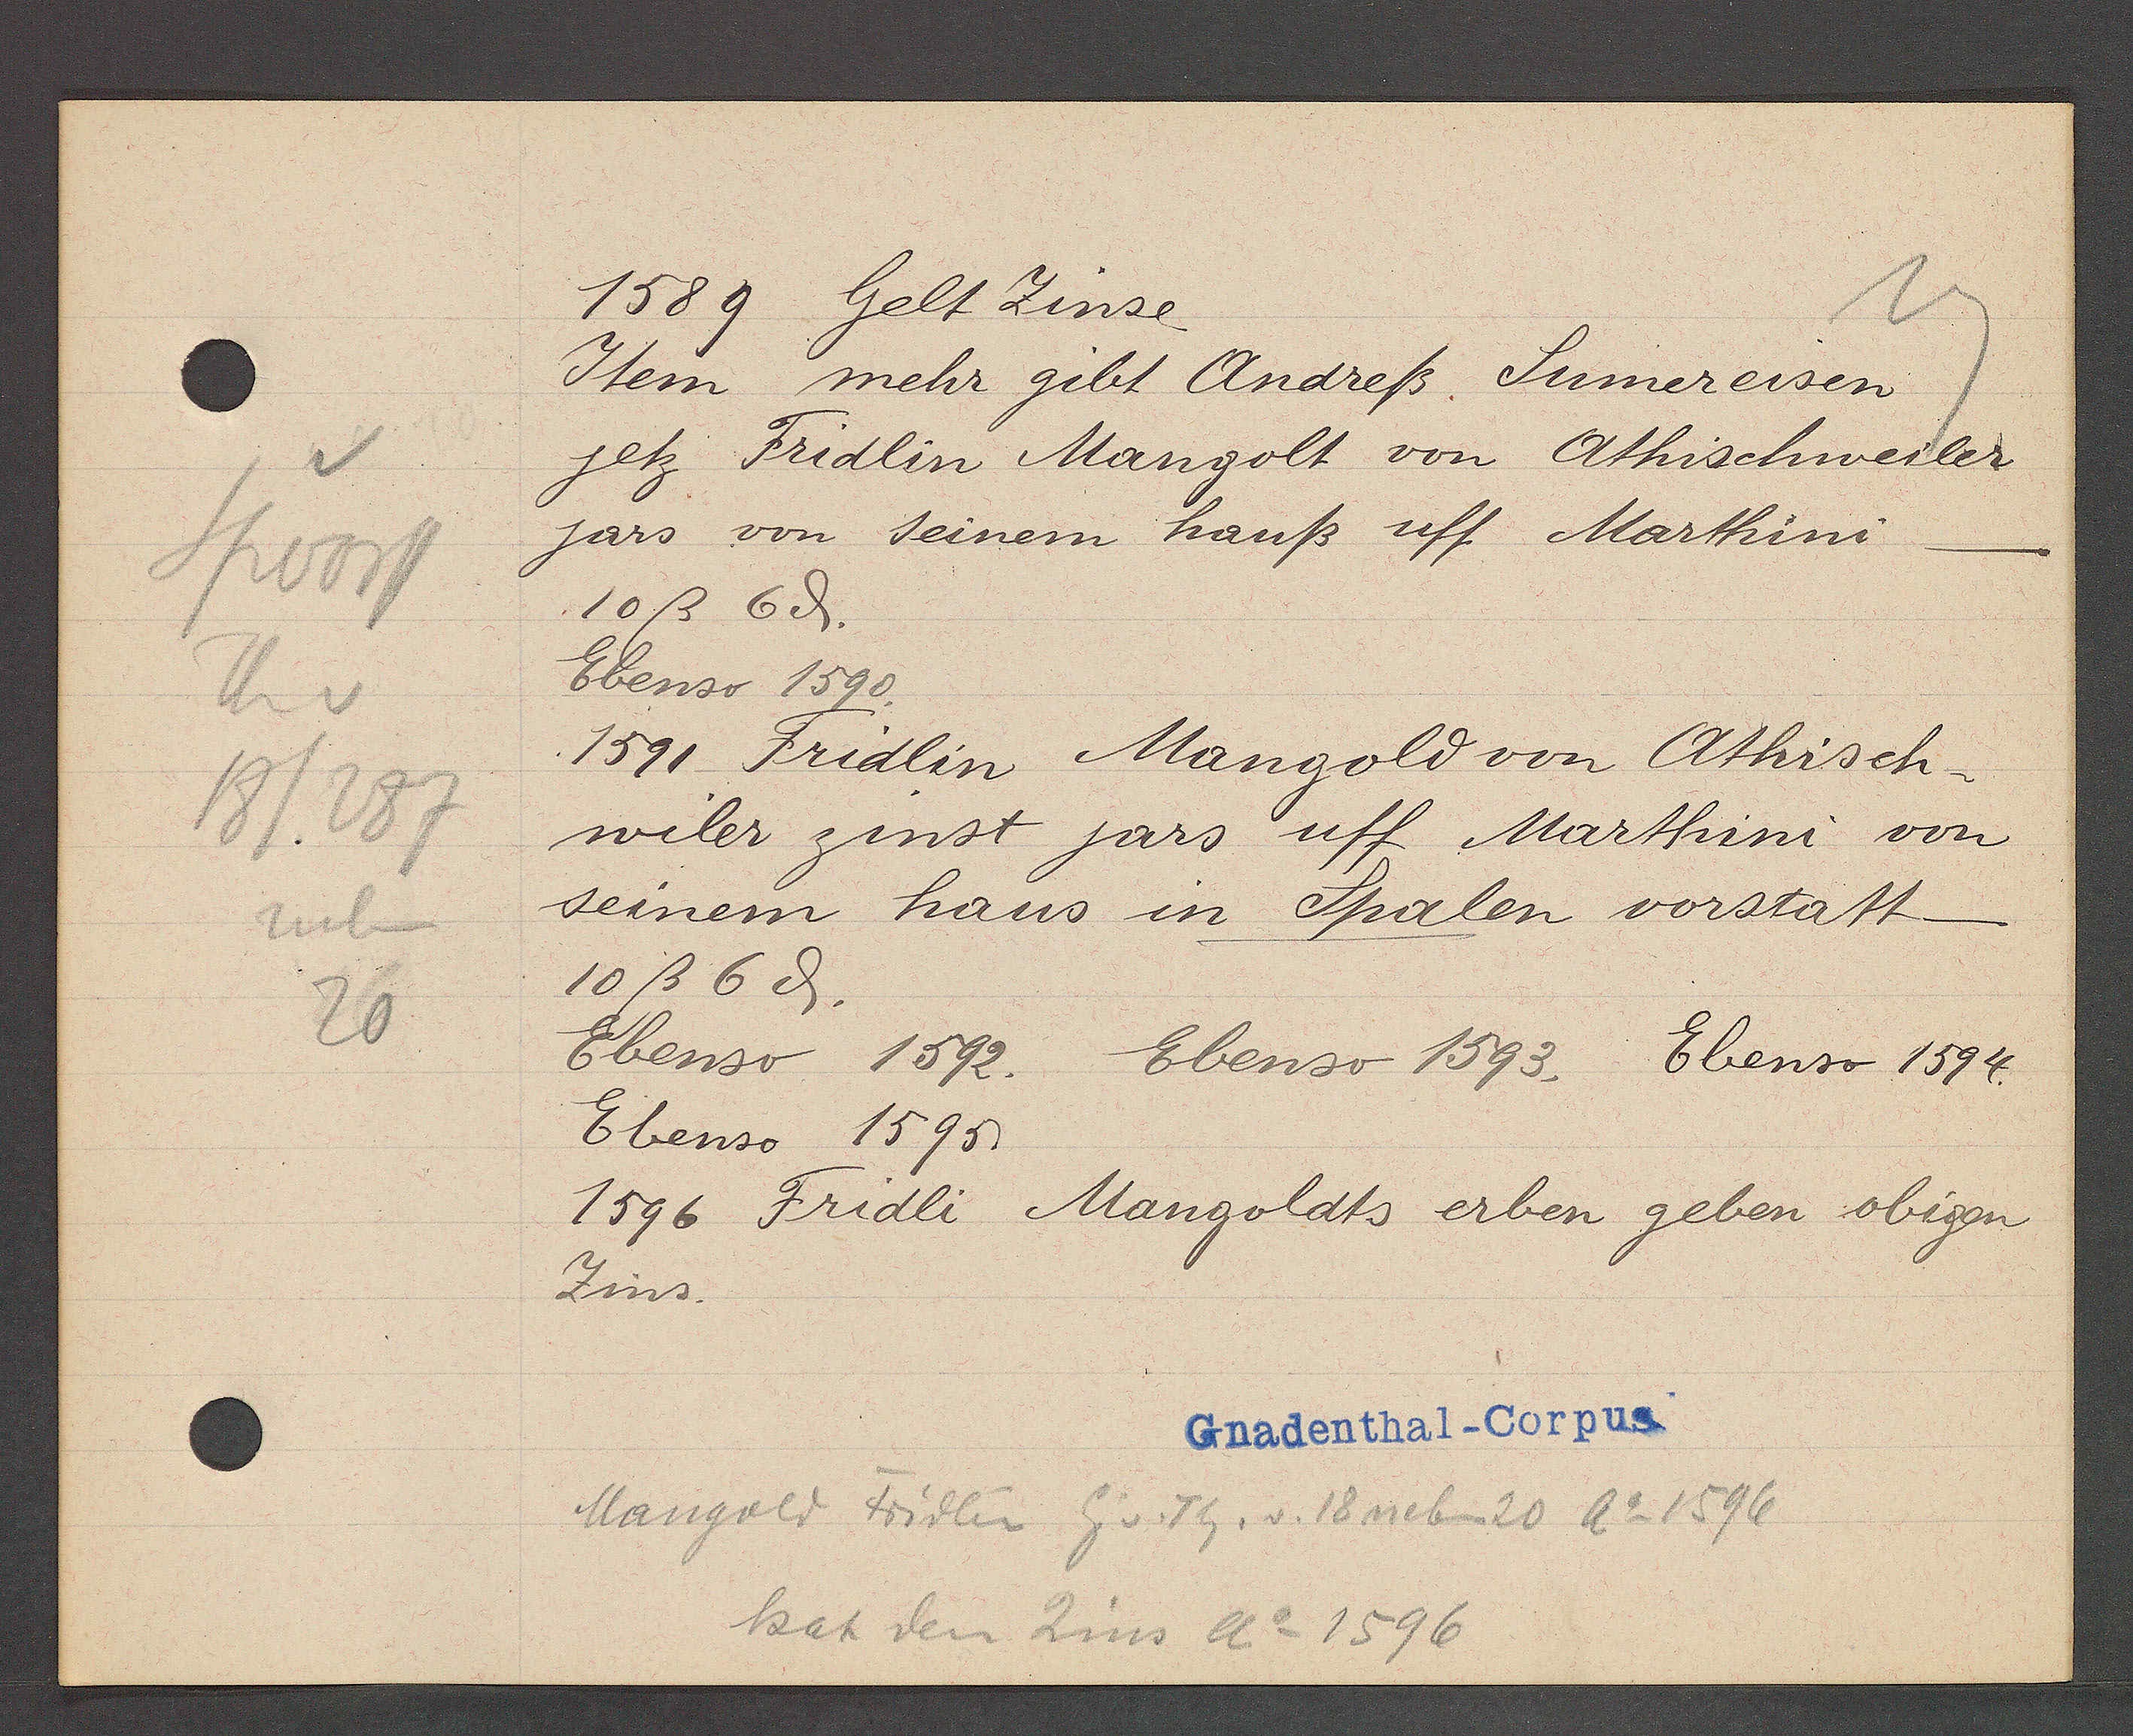
Transcript:
Spvorst
Th v
18/287
neben
20

1589 Gelt Zinse.

Item mehr gibt Andreß Sumereisen
jetz Fridlin Mangolt von Athischweiler
jars von seinem hauß uff Marthini
10ß 6ȡ.
Ebenso 1590.
1591 Fridlin Mangold von Athisch¬
wiler zinst jars uff Marthini von
seinem haus in Spalen vorstatt.
10ß 6ȡ.
Ebenso 1592. Ebenso 1593. Ebenso 1594.
Ebenso 1595.
1596 Fridli Mangoldts erben geben obigen
Zins.

Gnadenthal-Corpus.

Mangold Fridlin Eig v. Th. v. 18 neben 20 Ao 1596
hat den Zins Ao 1596